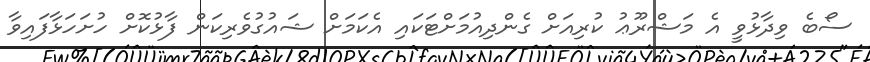
ސޯބެ ވިދާޅުވީ އެ މަޝްރޫޢު ކުރިއަށް ގެންދިއުމަށްޓަކައި އެކަމަށް ޝައުގުވެރިކަން ފާޅުކޮށް ހުށަހަޅާފައިވާ